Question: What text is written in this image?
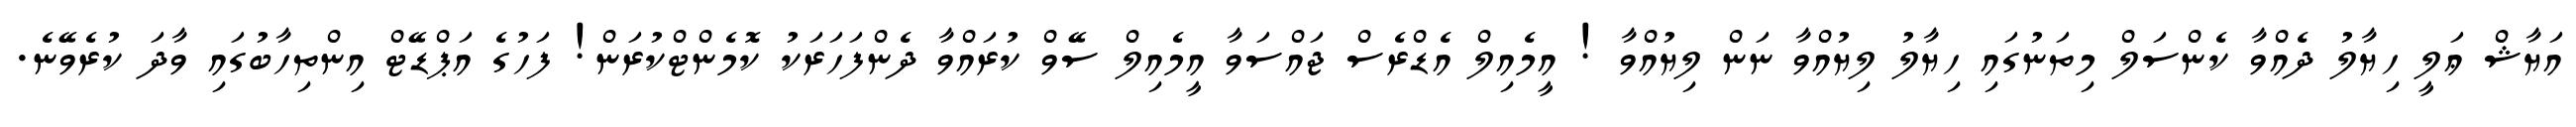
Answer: އަޔާޝް ޢަލީ ހިޔާލު ދެއްވާ ކެންސަލް މިތަނުގައި ހިޔާލު ލިޔުއްވާ ނަން ލިޔުއްވާ ! އީމެއިލް އެޑްރެސް ޖައްސަވާ އީމެއިލް ސޭވް ކުރައްވާ ދެންފަހަރަކު ކޮމެންޓްކުރަން! ފަހުގެ އަޕްޑޭޓް އިންތިހާބުގައި ވާދަ ކުރެވޭނެ.